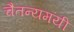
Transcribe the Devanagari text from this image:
चैतन्यमयी